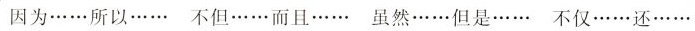
因为……所以…… 不但……而且…… 虽然……但是…… 不仅……还……